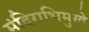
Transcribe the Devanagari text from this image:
मंदिराभिमुखे